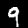
Digit: 9